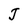
Character: J